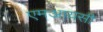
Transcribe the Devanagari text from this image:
एमआयसी